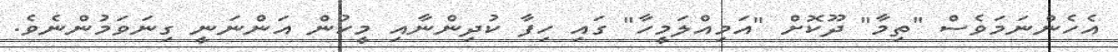
އެހެންނަމަވެސް "ތިމާ" ދޫކޮށް "އަމިއްލަމީހާ" ގައި ހިފާ ކުދިންނާއި މީހުން އަންނަނީ ގިނަވަމުންނެވެ.